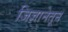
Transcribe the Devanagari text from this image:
जिज्ञानेतून